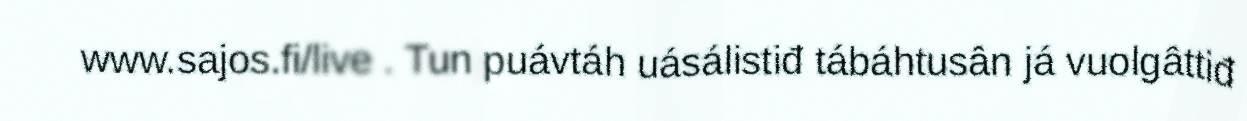
www.sajos.fi/live . Tun puávtáh uásálistiđ tábáhtusân já vuolgâttiđ